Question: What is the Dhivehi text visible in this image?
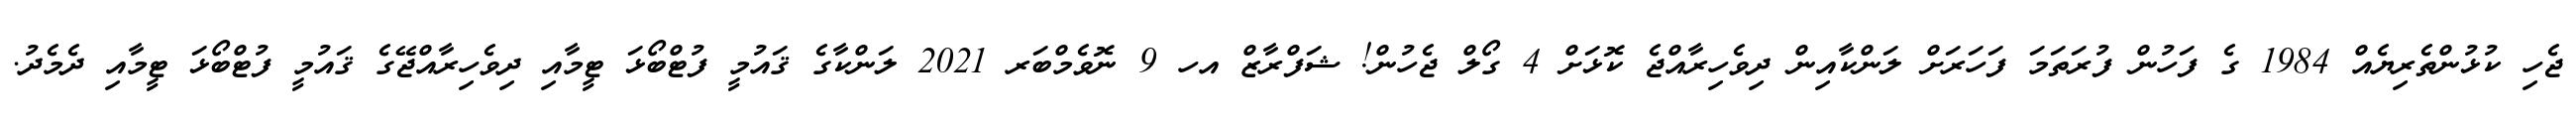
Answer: ޖެހި ކުޅުންތެރިޔެއް 1984 ގެ ފަހުން ފުރަތަމަ ފަހަރަށް ލަންކާއިން ދިވެހިރާއްޖެ ކޮޅަށް 4 ގޯލް ޖެހުން! ޝަފްރާޒް އހ 9 ނޮވެމްބަރ 2021 ލަންކާގެ ޤައުމީ ފުޓްބޯޅަ ޓީމާއި ދިވެހިރާއްޖޭގެ ޤައުމީ ފުޓްބޯޅަ ޓީމާއި ދެމެދު.